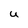
Character: u